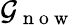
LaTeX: \mathcal{G}_{\mathrm{{~n~o~w~}}}